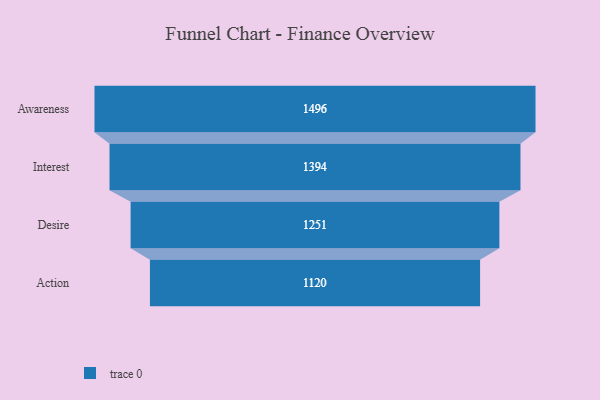
{"axis": {"x": "Stage", "y": "Value"}, "legend": [""], "data": [{"x": "Awareness", "y": 1496.0, "type": ""}, {"x": "Interest", "y": 1394.0, "type": ""}, {"x": "Desire", "y": 1251.0, "type": ""}, {"x": "Action", "y": 1120.0, "type": ""}]}